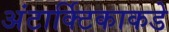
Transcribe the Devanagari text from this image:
अंटार्क्टिकाकडे